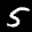
Label: 5